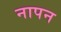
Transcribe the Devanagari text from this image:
नापन